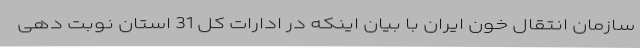
سازمان انتقال خون ایران با بیان اینکه در ادارات کل 31 استان نوبت دهی